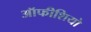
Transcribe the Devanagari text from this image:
ऑफीशियो